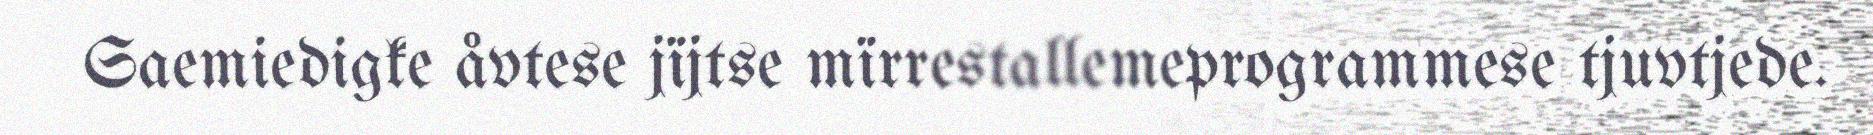
Saemiedigke åvtese jïjtse mïrrestallemeprogrammese tjuvtjede.